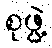
စုဖွဲ့